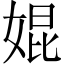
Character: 婫